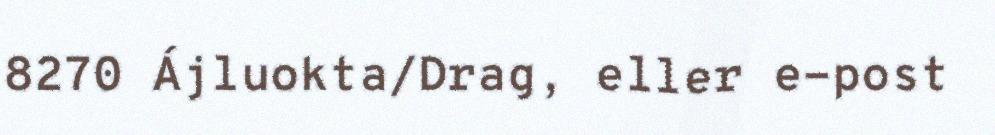
8270 Ájluokta/Drag, eller e-post